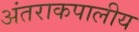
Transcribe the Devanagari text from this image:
अंतराकपालीय